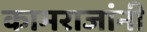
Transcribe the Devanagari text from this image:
कामराजांनी